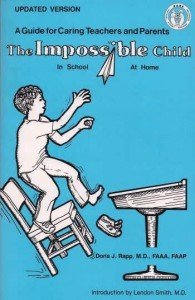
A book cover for The Impossible Child in School, at Home: A Guide for Caring Teachers and Parents; Doris J. Rapp; Health, Fitness & Dieting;